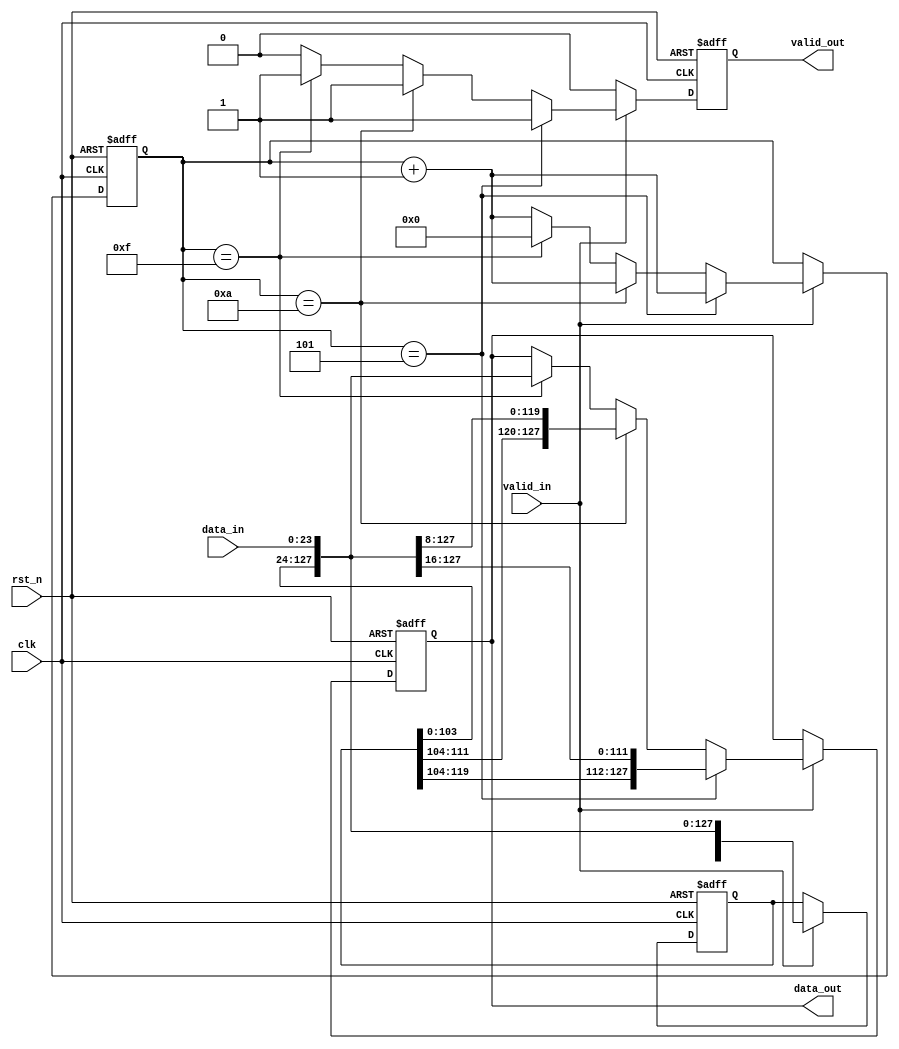
// ======================================================================
// Affiliation:			Tsinghua Univ
// Module Name:			width_24to128
// Description:			data width transfer
// Additional Comments:	VL32 on nowcoder
// ======================================================================

`timescale 1ns/1ns

module width_24to128 (
	input	wire				rst_n,
	input	wire				clk,
	input	wire	[23: 0]		data_in,
	input	wire				valid_in,
	output	wire				valid_out,
	output	wire	[127: 0]	data_out
);

reg					valid_out_reg;
reg		[127: 0]	data_out_reg;
reg		[143: 0]	data_temp;
reg		[3: 0]		cnt;

assign	valid_out  =  valid_out_reg;
assign	data_out   =  data_out_reg;

always @(posedge clk or negedge rst_n) begin
	if (~rst_n) begin
		valid_out_reg <= 1'b0;
		data_out_reg <= 128'd0;
		data_temp <= 144'd0;
		cnt <= 4'd0;
	end
	else begin
		if (valid_in) begin
			cnt <= cnt + 4'd1;
			data_temp <= {data_temp[119: 0], data_in};
			if (cnt == 4'd5) begin
				valid_out_reg <= 1'b1;
				data_out_reg <= {data_temp[119: 0], data_in[23: 16]};
			end
			else if (cnt == 4'd10) begin
				valid_out_reg <= 1'b1;
				data_out_reg <= {data_temp[111: 0], data_in[23: 8]};
			end
			else if (cnt == 4'd15) begin
				cnt <= 4'd0;
				valid_out_reg <= 1'b1;
				data_out_reg <= {data_temp[103: 0], data_in};
			end
			else begin
				valid_out_reg <= 1'b0;
			end
		end
		else begin
			valid_out_reg <= 1'b0;
		end
	end
end

endmodule